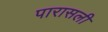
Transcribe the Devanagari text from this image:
पारासली